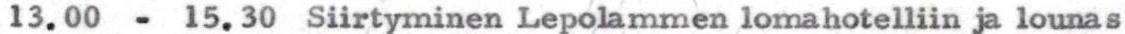
13.00 - 15.30 Siirtyminen Lepolammen lomahotelliin ja lounas